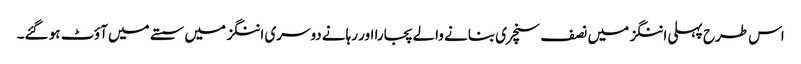
اس طرح پہلی اننگز میں نصف سنچری بنانے والے پجارا اور رہانے دوسری اننگز میں سستے میں آؤٹ ہو گئے۔